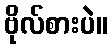
ဗိုလ်စားပဲ။